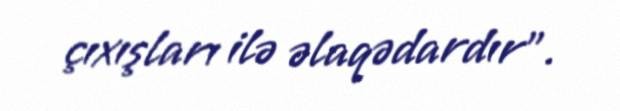
çıxışları ilə əlaqədardır”.